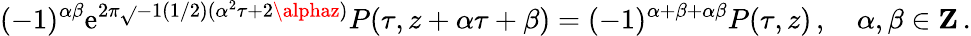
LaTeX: (-1)^{\alpha\beta}\mathrm{e}^{2\pi\sqrt{}{{-1}}(1/2)(\alpha^{2}\tau+2\alphaz)}P(\tau,z+\alpha\tau+\beta)=(-1)^{\alpha+\beta+\alpha\beta}P(\tau,z)\, ,\quad\alpha,\beta\in{\mathbf{Z}}\, .